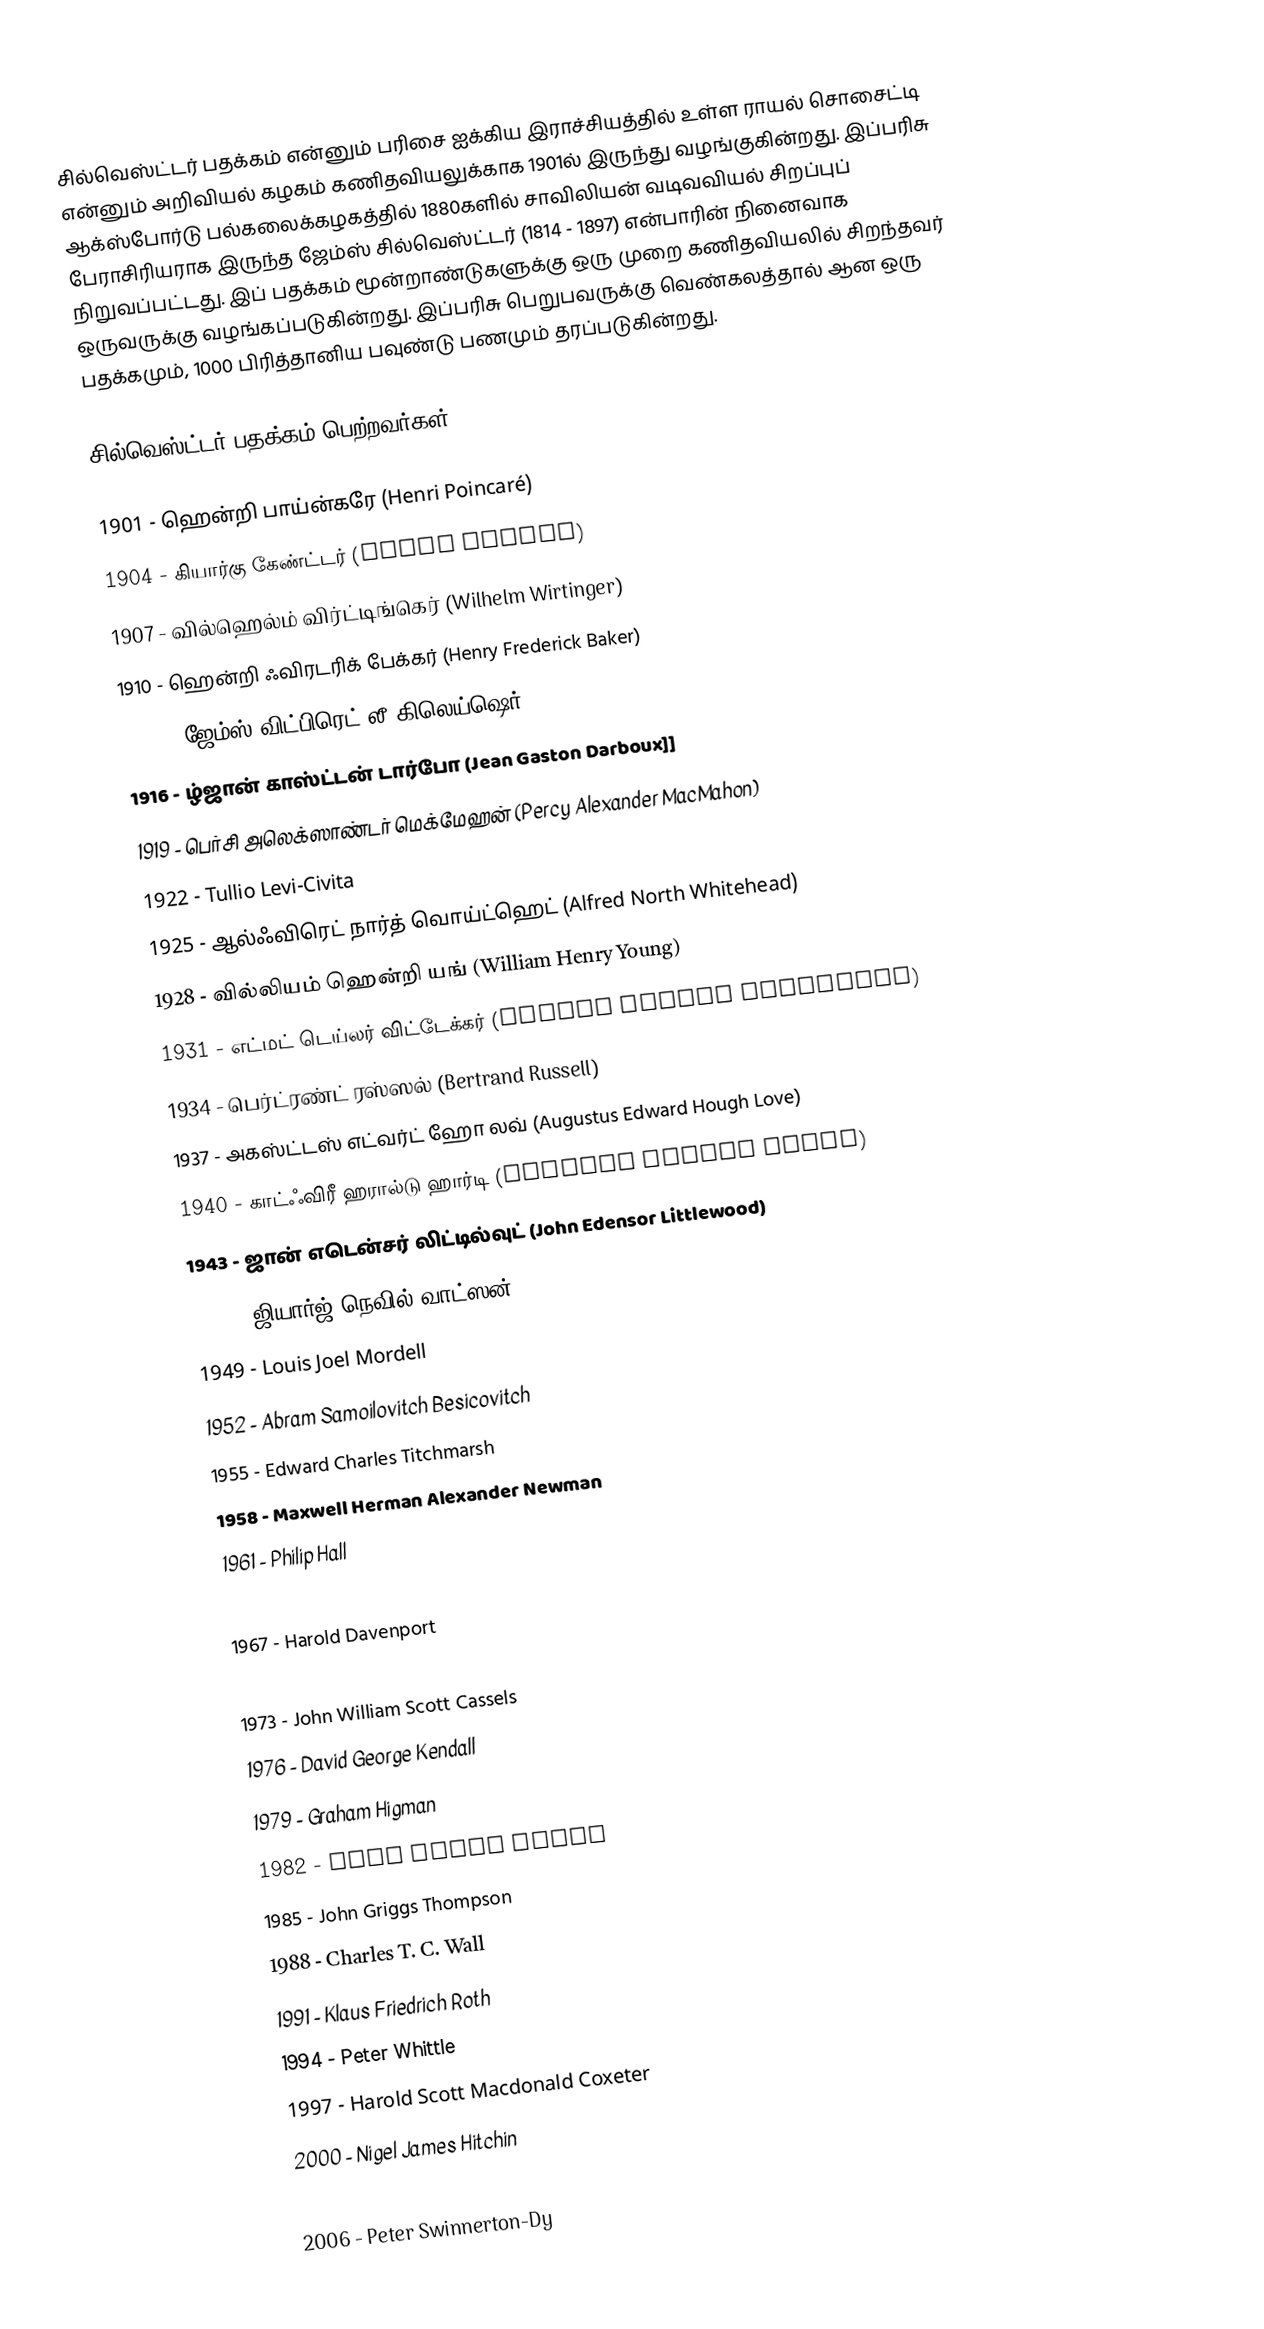
சில்வெஸ்ட்டர் பதக்கம் என்னும் பரிசை ஐக்கிய இராச்சியத்தில் உள்ள ராயல் சொசைட்டி என்னும் அறிவியல் கழகம் கணிதவியலுக்காக 1901ல் இருந்து வழங்குகின்றது. இப்பரிசு ஆக்ஸ்போர்டு பல்கலைக்கழகத்தில் 1880களில் சாவிலியன் வடிவவியல் சிறப்புப் பேராசிரியராக இருந்த ஜேம்ஸ் சில்வெஸ்ட்டர் (1814 - 1897) என்பாரின் நினைவாக நிறுவப்பட்டது. இப் பதக்கம் மூன்றாண்டுகளுக்கு ஒரு முறை கணிதவியலில் சிறந்தவர் ஒருவருக்கு வழங்கப்படுகின்றது. இப்பரிசு பெறுபவருக்கு வெண்கலத்தால் ஆன ஒரு பதக்கமும், 1000 பிரித்தானிய பவுண்டு பணமும் தரப்படுகின்றது.

சில்வெஸ்ட்டர் பதக்கம் பெற்றவர்கள்

 1901 - ஹென்றி பாய்ன்கரே (Henri Poincaré)
 1904 - கியார்கு கேண்ட்டர் (Georg Cantor)
 1907 - வில்ஹெல்ம் விர்ட்டிங்கெர் (Wilhelm Wirtinger)
 1910 - ஹென்றி ஃவிரடரிக் பேக்கர் (Henry Frederick Baker)
 1913 - ஜேம்ஸ் விட்பிரெட் லீ கிலெய்ஷெர் (James Whitbread Lee Glaisher)
 1916 - ழ்ஜான் காஸ்ட்டன் டார்போ (Jean Gaston Darboux]]
 1919 - பெர்சி அலெக்ஸாண்டர் மெக்மேஹன் (Percy Alexander MacMahon)
 1922 - Tullio Levi-Civita
 1925 - ஆல்ஃவிரெட் நார்த் வொய்ட்ஹெட் (Alfred North Whitehead)
 1928 - வில்லியம் ஹென்றி யங் (William Henry Young)
 1931 - எட்மட் டெய்லர் விட்டேக்கர் (Edmund Taylor Whittaker)
 1934 - பெர்ட்ரண்ட் ரஸ்ஸல் (Bertrand Russell)
 1937 - அகஸ்ட்டஸ் எட்வர்ட் ஹோ லவ் (Augustus Edward Hough Love)
 1940 - காட்ஃவிரீ ஹரால்டு ஹார்டி (Godfrey Harold Hardy)
 1943 - ஜான் எடென்சர் லிட்டில்வுட் (John Edensor Littlewood)
 1946 - ஜியார்ஜ் நெவில் வாட்ஸன் (George Neville Watson)
 1949 - Louis Joel Mordell
 1952 - Abram Samoilovitch Besicovitch
 1955 - Edward Charles Titchmarsh
 1958 - Maxwell Herman Alexander Newman
 1961 - Philip Hall
 1964 - Mary Lucy Cartwright
 1967 - Harold Davenport
 1970 - George Frederick James Temple
 1973 - John William Scott Cassels
 1976 - David George Kendall
 1979 - Graham Higman
 1982 - John Frank Adams
 1985 - John Griggs Thompson
 1988 - Charles T. C. Wall
 1991 - Klaus Friedrich Roth
 1994 - Peter Whittle
 1997 - Harold Scott Macdonald Coxeter
 2000 - Nigel James Hitchin
 2003 - Lennart Carleson
 2006 - Peter Swinnerton-Dy